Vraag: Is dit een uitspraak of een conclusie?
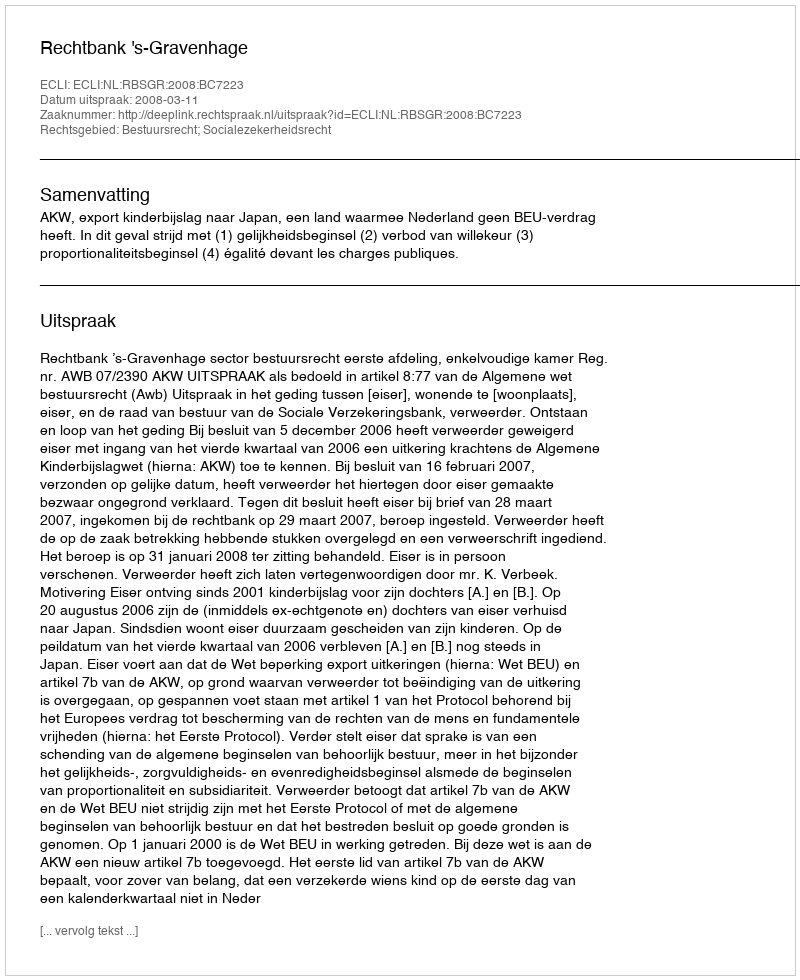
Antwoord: Uitspraak